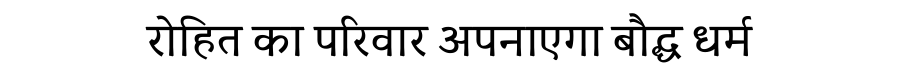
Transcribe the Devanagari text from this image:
रोहित का परिवार अपनाएगा बौद्ध धर्म